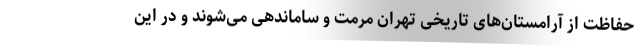
حفاظت از آرامستان‌های تاریخی تهران مرمت و ساماندهی می‌شوند و در این